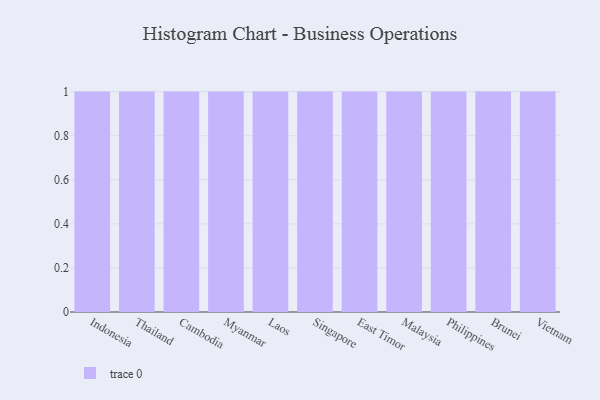
{"axis": {"x": "Country", "y": "Population (Million)"}, "legend": [""], "data": [{"x": "Indonesia", "y": 72, "type": ""}, {"x": "Thailand", "y": 26, "type": ""}, {"x": "Cambodia", "y": 15, "type": ""}, {"x": "Myanmar", "y": 64, "type": ""}, {"x": "Laos", "y": 28, "type": ""}, {"x": "Singapore", "y": 89, "type": ""}, {"x": "East Timor", "y": 46, "type": ""}, {"x": "Malaysia", "y": 40, "type": ""}, {"x": "Philippines", "y": 90, "type": ""}, {"x": "Brunei", "y": 35, "type": ""}, {"x": "Vietnam", "y": 14, "type": ""}]}